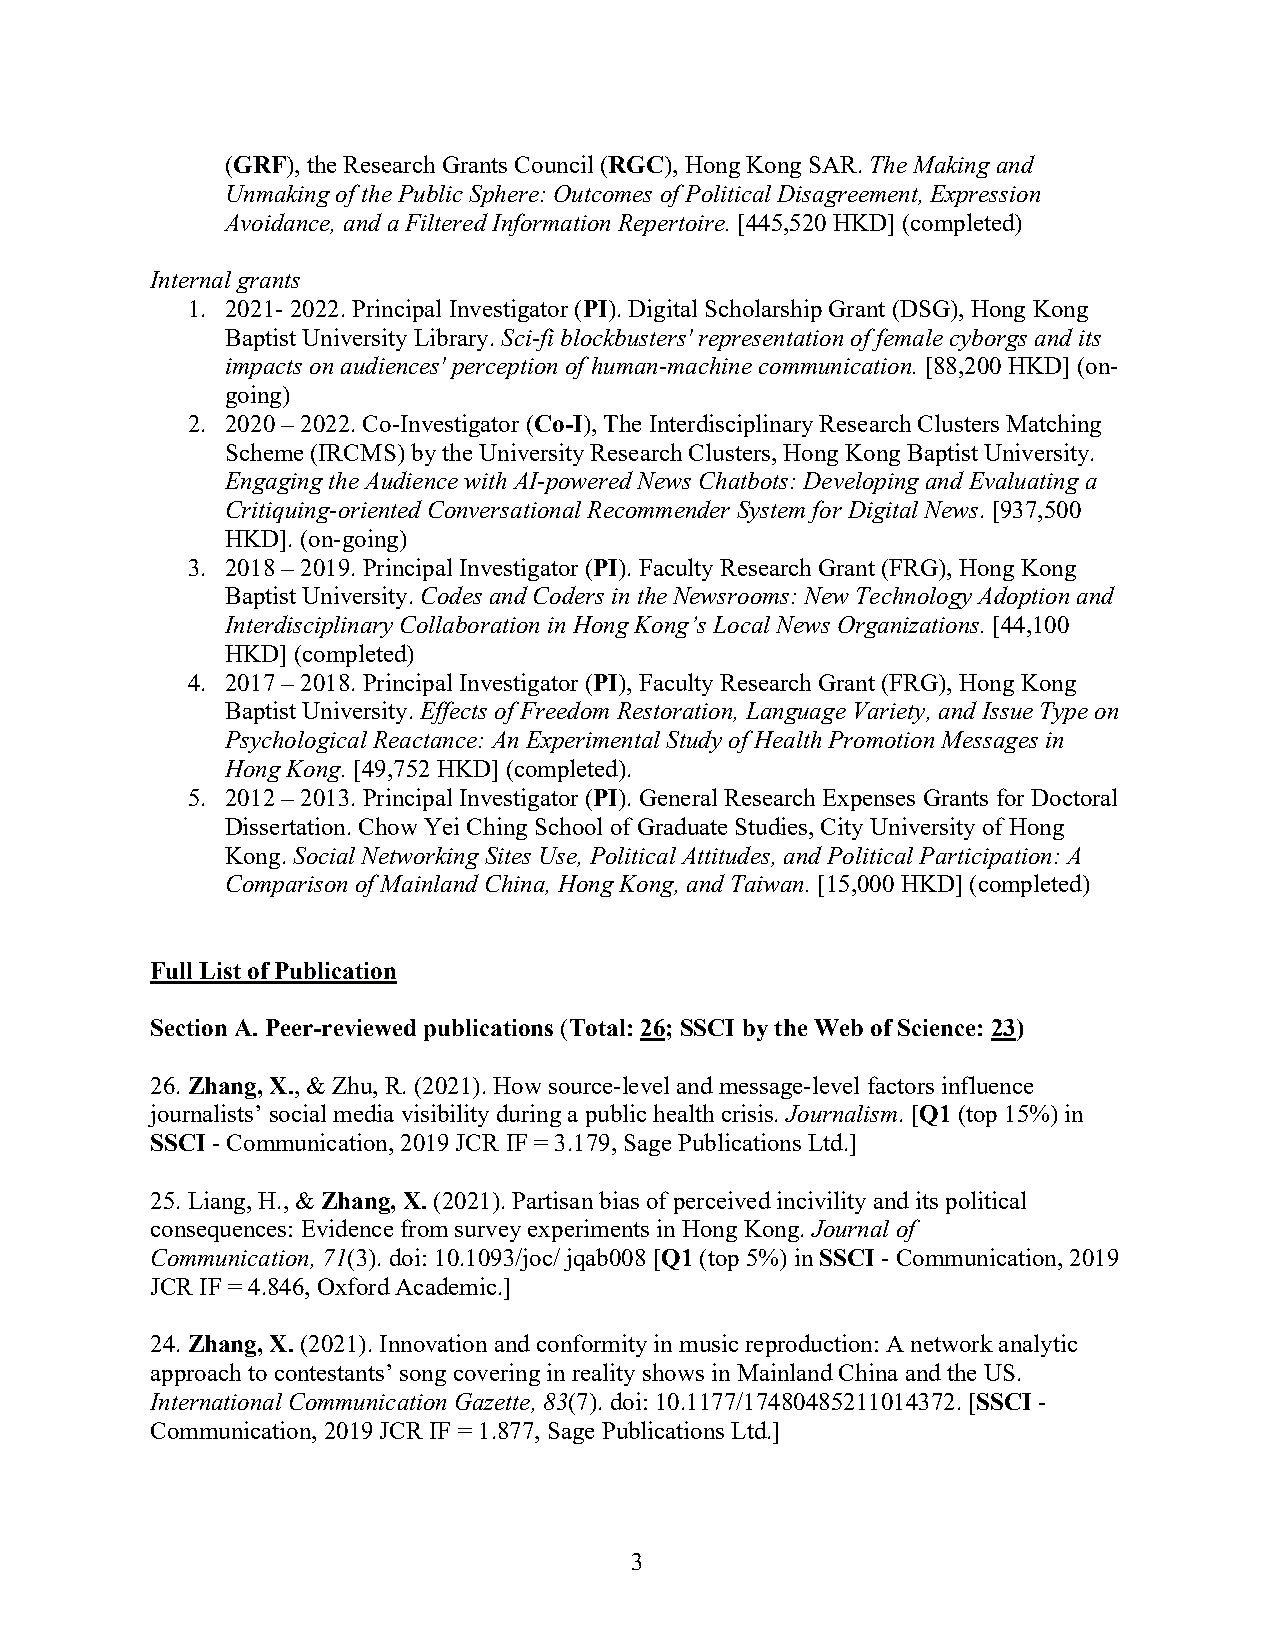
(GRF), the Research Grants Council (RGC), Hong Kong SAR. The Making and
 Unmaking of the Public Sphere: Outcomes of Political Disagreement, Expression
 Avoidance, and a Filtered Information Repertoire. [445,520 HKD] (completed)
 Internal grants
 1. 2021- 2022. Principal Investigator (PI). Digital Scholarship Grant (DSG), Hong Kong
 Baptist University Library. Sci-fi blockbusters' representation of female cyborgs and its
 impacts on audiences' perception of human-machine communication. [88,200 HKD] (on-
 going)
 2. 2020 – 2022. Co-Investigator (Co-I), The Interdisciplinary Research Clusters Matching
 Scheme (IRCMS) by the University Research Clusters, Hong Kong Baptist University.
 Engaging the Audience with AI-powered News Chatbots: Developing and Evaluating a
 Critiquing-oriented Conversational Recommender System for Digital News. [937,500
 HKD]. (on-going)
 3. 2018 – 2019. Principal Investigator (PI). Faculty Research Grant (FRG), Hong Kong
 Baptist University. Codes and Coders in the Newsrooms: New Technology Adoption and
 Interdisciplinary Collaboration in Hong Kong’s Local News Organizations. [44,100
 HKD] (completed)
 4. 2017 – 2018. Principal Investigator (PI), Faculty Research Grant (FRG), Hong Kong
 Baptist University. Effects of Freedom Restoration, Language Variety, and Issue Type on
 Psychological Reactance: An Experimental Study of Health Promotion Messages in
 Hong Kong. [49,752 HKD] (completed).
 5. 2012 – 2013. Principal Investigator (PI). General Research Expenses Grants for Doctoral
 Dissertation. Chow Yei Ching School of Graduate Studies, City University of Hong
 Kong. Social Networking Sites Use, Political Attitudes, and Political Participation: A
 Comparison of Mainland China, Hong Kong, and Taiwan. [15,000 HKD] (completed)
 Full List of Publication
 Section A. Peer-reviewed publications (Total: 26; SSCI by the Web of Science: 23)
 26. Zhang, X., & Zhu, R. (2021). How source-level and message-level factors influence
 journalists’ social media visibility during a public health crisis. Journalism. [Q1 (top 15%) in
 SSCI - Communication, 2019 JCR IF = 3.179, Sage Publications Ltd.]
 25. Liang, H., & Zhang, X. (2021). Partisan bias of perceived incivility and its political
 consequences: Evidence from survey experiments in Hong Kong. Journal of
 Communication, 71(3). doi: 10.1093/joc/ jqab008 [Q1 (top 5%) in SSCI - Communication, 2019
 JCR IF = 4.846, Oxford Academic.]
 24. Zhang, X. (2021). Innovation and conformity in music reproduction: A network analytic
 approach to contestants’ song covering in reality shows in Mainland China and the US.
 International Communication Gazette, 83(7). doi: 10.1177/17480485211014372. [SSCI -
 Communication, 2019 JCR IF = 1.877, Sage Publications Ltd.]
 3